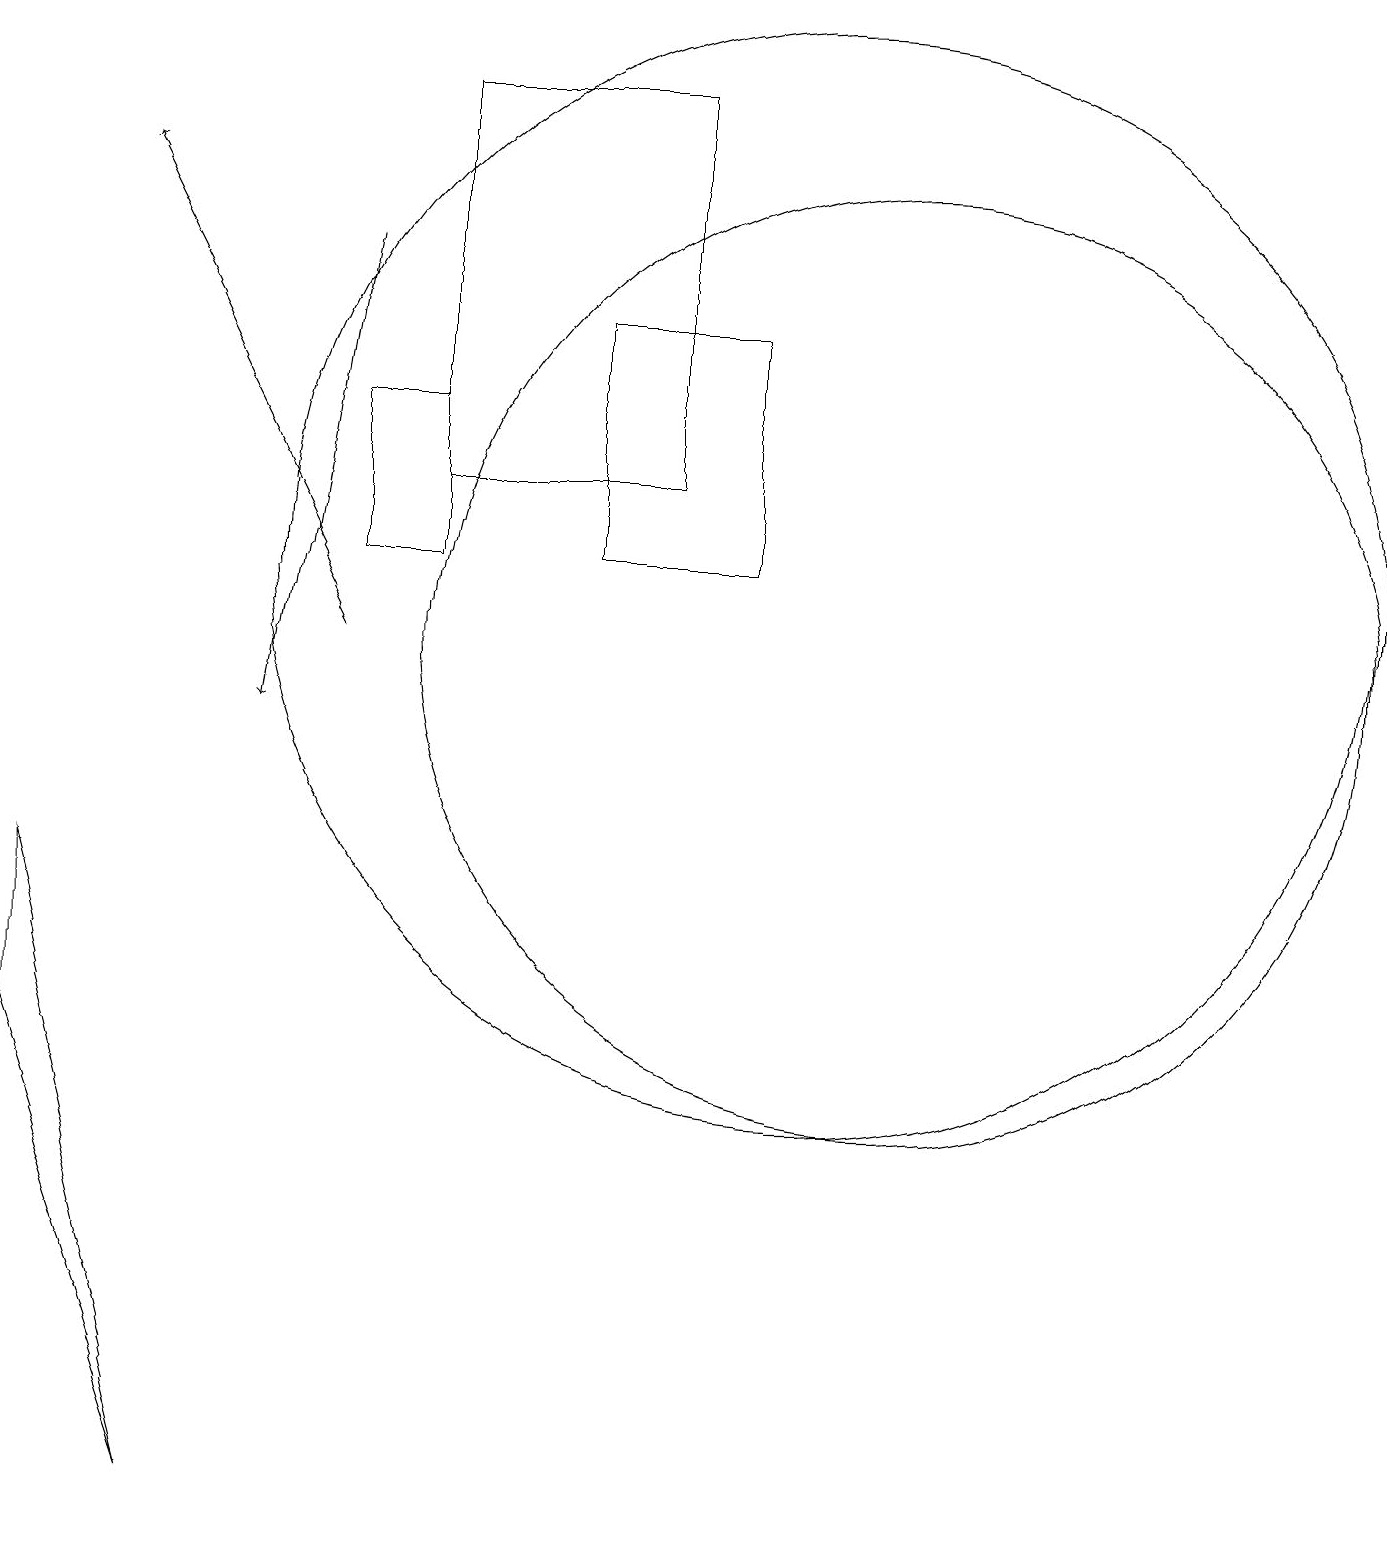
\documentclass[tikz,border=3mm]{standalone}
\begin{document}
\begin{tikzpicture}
\draw (10,12) circle (7);
\draw (5,12) rectangle (4,14);
\draw (8,13) rectangle (5,18);
\draw (11,11) circle (6);
\draw (2,0) -- (0,6) -- (0,8) -- cycle;
\draw (7,15) rectangle (9,12);
\draw[->] (4,16) -- (3,10);
\draw[->] (4,11) -- (1,17);
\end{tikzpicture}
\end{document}